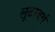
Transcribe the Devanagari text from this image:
लूटरवर्थ